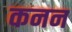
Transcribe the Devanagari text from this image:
कनन